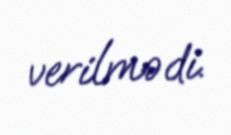
verilmədi.